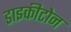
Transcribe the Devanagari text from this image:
डाइकीटोन